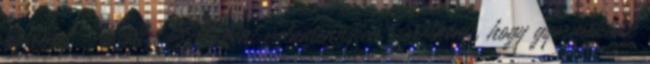
gyereket - 6 ötlet Szülőként valamennyien szeretnénk, hogy gyermekünk